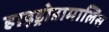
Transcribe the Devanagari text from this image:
हाइड्रोडामालिस